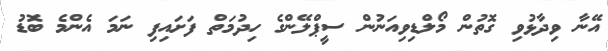
އޭނާ ވިދާޅުވި ގޮތުން މޯލްޑިވިއަނުން ސީޕްލޭންގެ ހިދުމަތް ފަށައިފި ނަމަ އެންމެ ބޮޑު